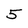
Character: 5